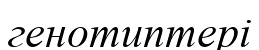
генотиптері